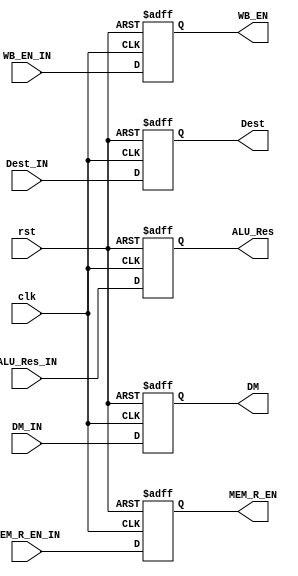
module MEM_Stage_Reg(input clk, rst, WB_EN_IN, MEM_R_EN_IN, 
                    input[31:0] ALU_Res_IN, DM_IN,
                    input [3:0] Dest_IN,
                    output reg WB_EN, MEM_R_EN,
                    output reg [3:0] Dest,
                    output reg[31:0] ALU_Res, DM);
    always @(posedge clk, posedge rst) begin
      if(rst) begin
       WB_EN <= 1'b0;
       MEM_R_EN <= 1'b0;
       Dest <= 4'b0;
       ALU_Res <= 32'b0;
       DM <= 32'b0;
      end
      else begin
       WB_EN <= WB_EN_IN;
       MEM_R_EN <= MEM_R_EN_IN;
       Dest <= Dest_IN;
       ALU_Res <= ALU_Res_IN;
       DM <= DM_IN;
      end
    end
endmodule